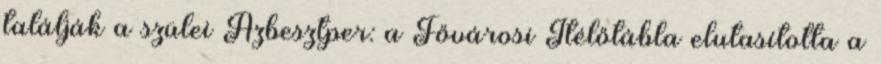
találják a szülei Azbesztper: a Fővárosi Ítélőtábla elutasította a